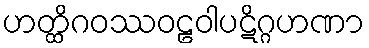
ဟတ္ထိဂဝဿဝဠဝါပဋိဂ္ဂဟဏာ